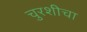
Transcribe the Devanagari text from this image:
चुरशीचा